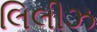
લિલીઝ